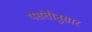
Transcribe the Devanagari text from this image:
पसंतीनुसार